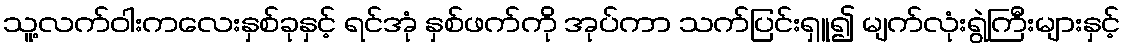
သူ့လက်ဝါးကလေးနှစ်ခုနှင့် ရင်အုံ နှစ်ဖက်ကို အုပ်ကာ သက်ပြင်းရှူ၍ မျက်လုံးရွဲကြီးများနှင့်